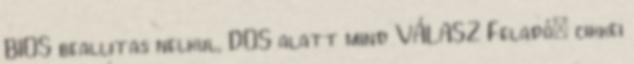
BIOS beallitas nelkul, DOS alatt mind VÁLASZ Feladó: cikkei